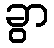
ခွာ